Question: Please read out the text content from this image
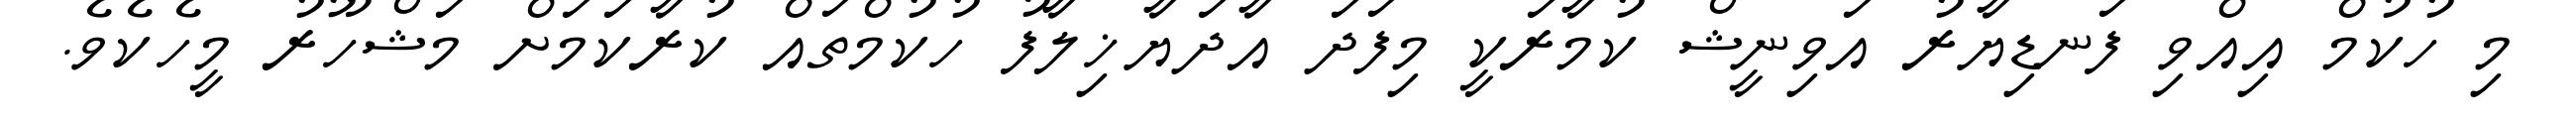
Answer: މި ހުކުމް އިއްވި ފަނޑިޔާރު އަވިނީޝް ކުމާރަކީ މިފަދަ އާދަޔާޚިލާފު ހުކުމްތައް ކުރާކަމަށް މަޝްހޫރު މީހެކެވެ.